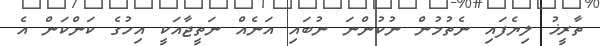
ތާރީޚު ލިޔެފައި ނެތުމުން ނުކުންނަ ނުބައި އަނެއް ނަތީޖާއަކީ އިހުގެ ކަންކަން އެ